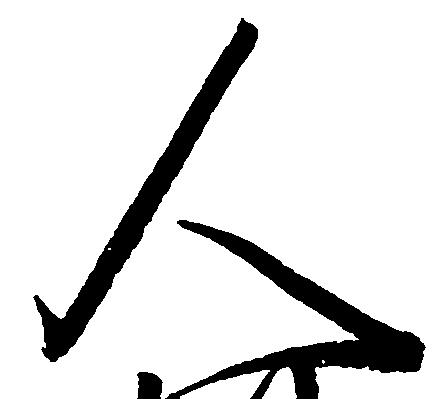
人